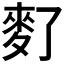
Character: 𪌀